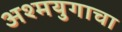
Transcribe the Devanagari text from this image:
अश्मयुगाचा